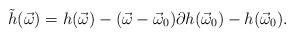
LaTeX: \begin{align*} \tilde h(\vec \omega) = h(\vec \omega) - (\vec \omega - \vec \omega_0) \partial h(\vec \omega_0) - h(\vec \omega_0). \end{align*}